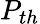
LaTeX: P_{th}